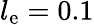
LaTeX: l_{\mathrm{e}}=0.1